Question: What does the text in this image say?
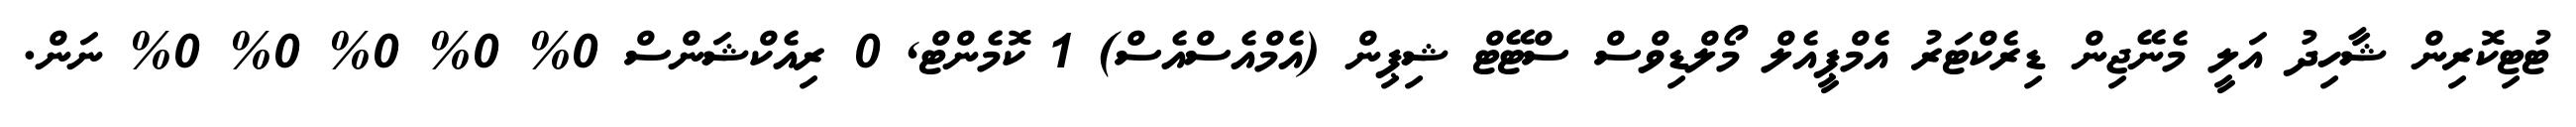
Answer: ޓުޓިކޮރިން ޝާހިދު އަލީ މެނޭޖިން ޑިރެކްޓަރު އެމްޕީއެލް މޯލްޑިވްސް ސްޓޭޓް ޝިޕިން (އެމްއެސްއެސް) 1 ކޮމެންޓް, 0 ރިއެކްޝަންސް 0% 0% 0% 0% 0% ނަން.